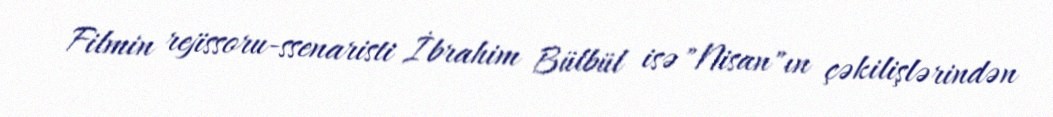
Filmin rejissoru-ssenaristi İbrahim Bülbül isə "Nisan"ın çəkilişlərindən